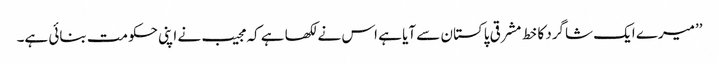
’’میرے ایک شاگرد کا خط مشرقی پاکستان سے آیا ہے اس نے لکھا ہے کہ مجیب نے اپنی حکومت بنائی ہے۔